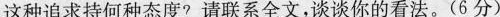
这种追求持何种态度?请联系全文,谈谈你的看法。(6 分)